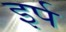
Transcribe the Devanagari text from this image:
इर्प